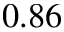
0 . 8 6